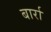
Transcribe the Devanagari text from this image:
बार्रा